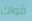
قواك